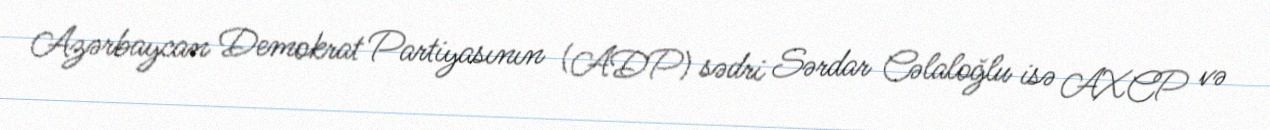
Azərbaycan Demokrat Partiyasının (ADP) sədri Sərdar Cəlaloğlu isə AXCP və